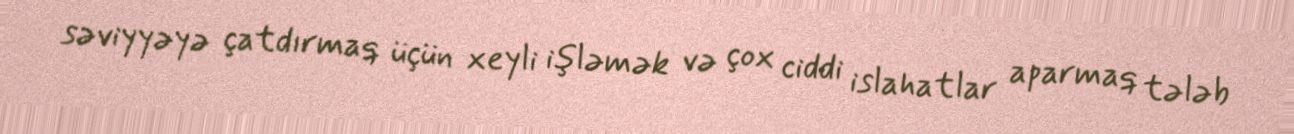
səviyyəyə çatdırmaq üçün xeyli işləmək və çox ciddi islahatlar aparmaq tələb